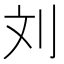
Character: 刘